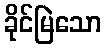
ခိုင်မြဲသော